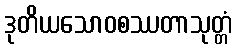
ဒုတိယသောဝစဿတာသုတ္တံ